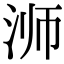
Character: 浉